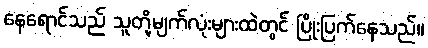
နေရောင်သည် သူတို့မျက်လုံးများထဲတွင် ပြိုးပြက်နေသည်။